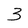
Character: 3